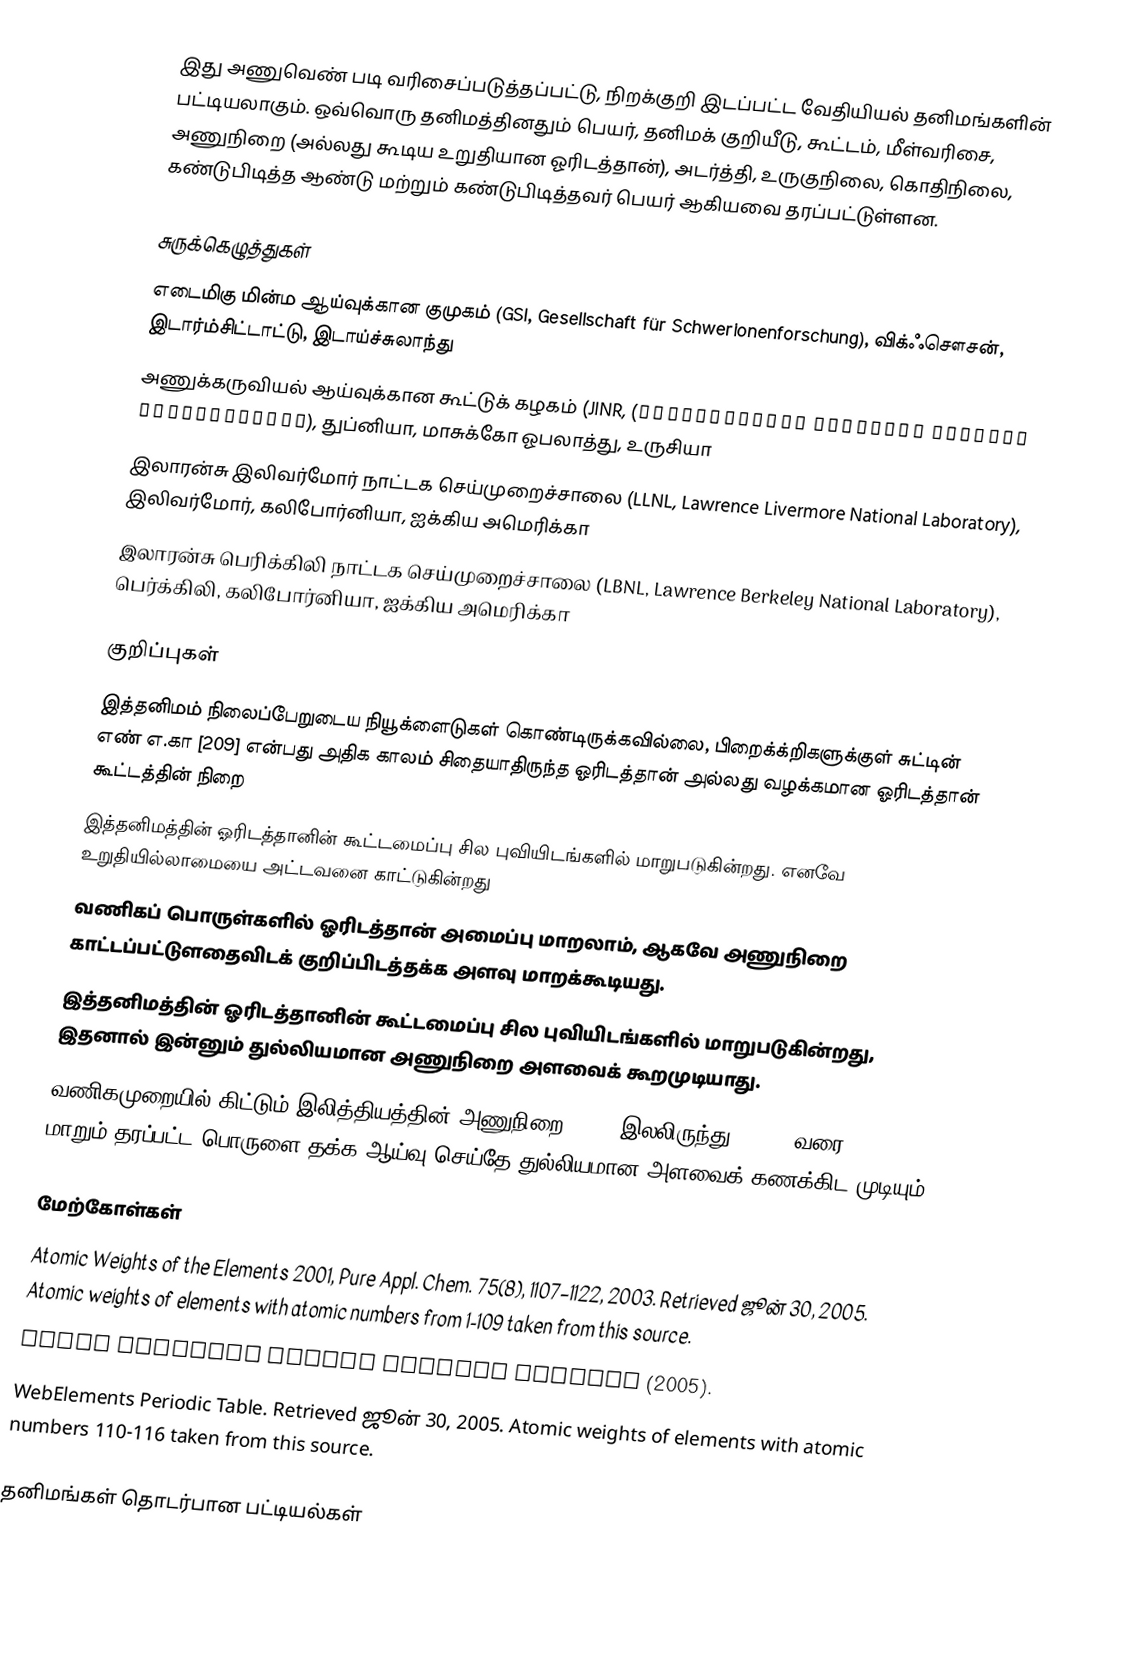
இது அணுவெண் படி வரிசைப்படுத்தப்பட்டு, நிறக்குறி இடப்பட்ட வேதியியல் தனிமங்களின் பட்டியலாகும். ஒவ்வொரு தனிமத்தினதும் பெயர், தனிமக் குறியீடு, கூட்டம், மீள்வரிசை, அணுநிறை (அல்லது கூடிய உறுதியான ஓரிடத்தான்), அடர்த்தி, உருகுநிலை, கொதிநிலை, கண்டுபிடித்த ஆண்டு மற்றும் கண்டுபிடித்தவர் பெயர் ஆகியவை தரப்பட்டுள்ளன.

சுருக்கெழுத்துகள்
 எடைமிகு மின்ம ஆய்வுக்கான குமுகம் (GSI, Gesellschaft für Schwerionenforschung), விக்ஃசௌசன், இடார்ம்சிட்டாட்டு, இடாய்ச்சுலாந்து
 அணுக்கருவியல் ஆய்வுக்கான கூட்டுக் கழகம் (JINR, (Объединённый институт ядерных исследований), துப்னியா, மாசுக்கோ ஓபலாத்து, உருசியா
 இலாரன்சு இலிவர்மோர் நாட்டக  செய்முறைச்சாலை (LLNL, Lawrence Livermore National Laboratory), இலிவர்மோர், கலிபோர்னியா, ஐக்கிய அமெரிக்கா
 இலாரன்சு பெரிக்கிலி நாட்டக செய்முறைச்சாலை (LBNL, Lawrence Berkeley National Laboratory), பெர்க்கிலி, கலிபோர்னியா, ஐக்கிய அமெரிக்கா

குறிப்புகள்
 இத்தனிமம் நிலைப்பேறுடைய நியூக்ளைடுகள் கொண்டிருக்கவில்லை, பிறைக்க்றிகளுக்குள் சுட்டின் எண் எ.கா  [209] என்பது அதிக காலம் சிதையாதிருந்த ஓரிடத்தான் அல்லது வழக்கமான ஓரிடத்தான் கூட்டத்தின்  நிறை
  இத்தனிமத்தின் ஓரிடத்தானின் கூட்டமைப்பு சில புவியிடங்களில் மாறுபடுகின்றது. எனவே உறுதியில்லாமையை அட்டவனை காட்டுகின்றது
 வணிகப் பொருள்களில் ஓரிடத்தான் அமைப்பு மாறலாம், ஆகவே அணுநிறை காட்டப்பட்டுளதைவிடக் குறிப்பிடத்தக்க அளவு மாறக்கூடியது.
  இத்தனிமத்தின் ஓரிடத்தானின் கூட்டமைப்பு சில புவியிடங்களில் மாறுபடுகின்றது, இதனால் இன்னும் துல்லியமான அணுநிறை அளவைக் கூறமுடியாது.
 வணிகமுறையில் கிட்டும் இலித்தியத்தின் அணுநிறை 6.939 இலலிருந்து 6.996— வரை மாறும்;தரப்பட்ட பொருளை தக்க ஆய்வு செய்தே துல்லியமான அளவைக் கணக்கிட முடியும்.

மேற்கோள்கள்
Atomic Weights of the Elements 2001, Pure Appl. Chem. 75(8), 1107–1122, 2003. Retrieved ஜூன் 30, 2005.  Atomic weights of elements with atomic numbers from 1-109 taken from this source.
IUPAC Standard Atomic Weights Revised  (2005).
WebElements Periodic Table.  Retrieved ஜூன் 30, 2005.  Atomic weights of elements with atomic numbers 110-116 taken from this source.

தனிமங்கள் தொடர்பான பட்டியல்கள்